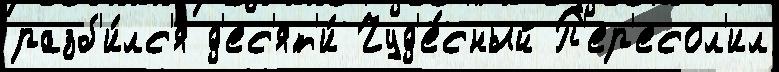
разб'и́лс'я д'ес'ят'и́ Чуд'е́сный П'ер'есол'ил